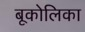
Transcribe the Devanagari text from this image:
बूकोलिका